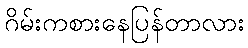
ဂိမ်းကစားနေပြန်တာလား